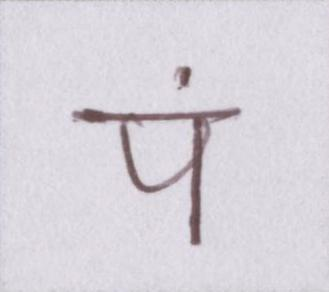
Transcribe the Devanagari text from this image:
पं